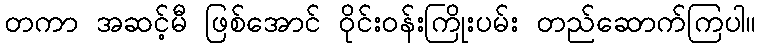
တကာ အဆင့်မီ ဖြစ်အောင် ဝိုင်းဝန်းကြိုးပမ်း တည်ဆောက်ကြပါ။